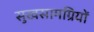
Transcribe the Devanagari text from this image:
सुखसामग्रियों